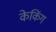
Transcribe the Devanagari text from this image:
केकिंग